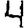
Digit: 4